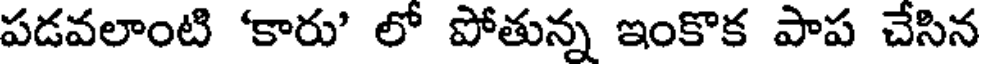
పడవలాంటి 'కారు' లో పోతున్న ఇంకొక పాప చేసిన